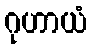
ဂုဟာယံ